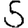
Digit: 5